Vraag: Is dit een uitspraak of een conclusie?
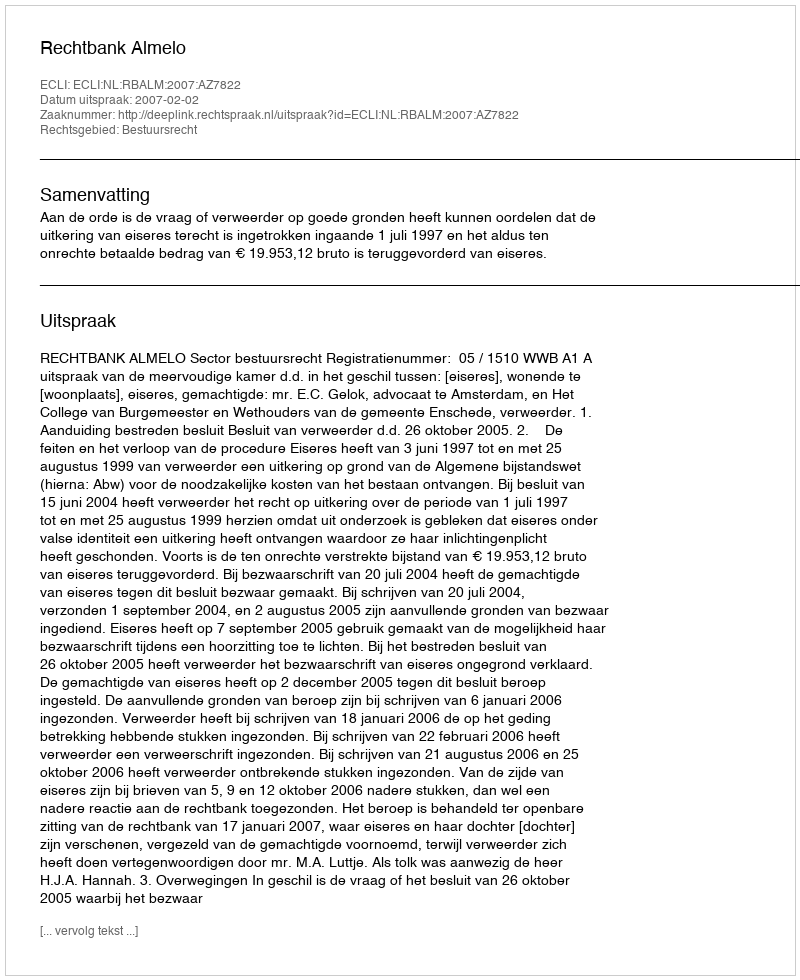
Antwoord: Uitspraak